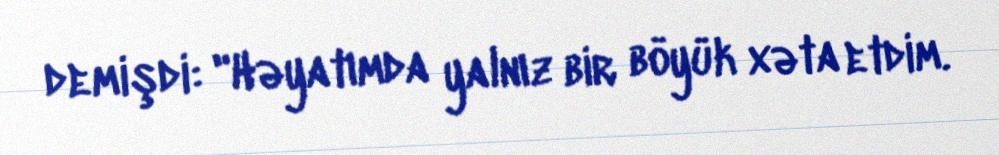
demişdi: "Həyatımda yalnız bir böyük xəta etdim.